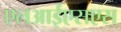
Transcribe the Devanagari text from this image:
एलआईएसएस